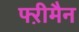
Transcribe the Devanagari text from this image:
फ्ऱीमैन